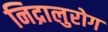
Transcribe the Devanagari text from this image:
निद्रालुरोग